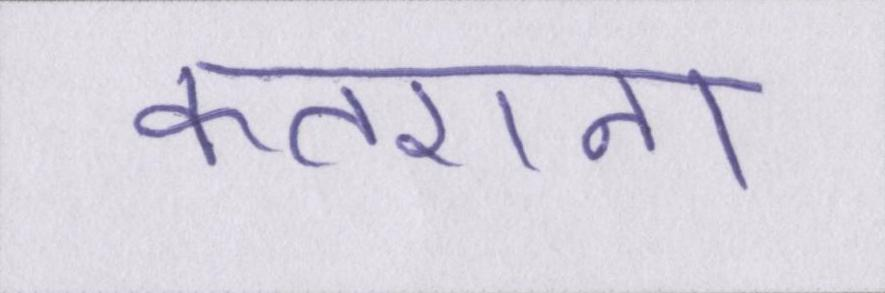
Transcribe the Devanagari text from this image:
कतराना